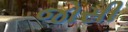
જોસી